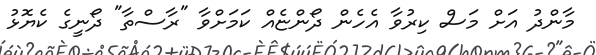
މާންދު އަށް މަސް ކިރުވާ އެހެން ދޯންޏެއް ކަމަށްވާ "ރާސްތާ" ދޯނީގެ ކެޔޮޅު